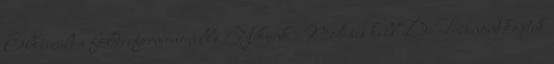
Elkészült a földreform-novella Nekünk Mohács kell De Trianont kaptuk